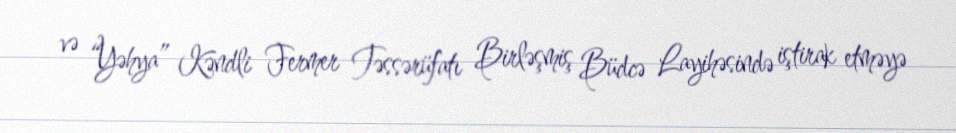
və “Yəhya” Kəndli Fermer Təssərüfatı Birləşmiş Büdcə Layihəsində iştirak etməyə